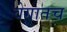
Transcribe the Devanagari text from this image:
वेगातच